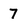
Character: 7